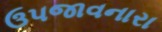
ઉપજાવનારા